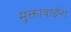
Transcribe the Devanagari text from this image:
मुक्ताबाईना